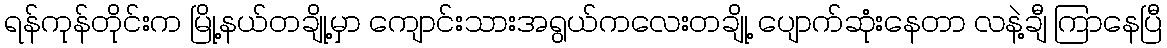
ရန်ကုန်တိုင်းက မြို့နယ်တချို့မှာ ကျောင်းသားအရွယ်ကလေးတချို့ ပျောက်ဆုံးနေတာ လနဲ့ချီ ကြာနေပြီ